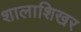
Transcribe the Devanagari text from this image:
शालाशिखर